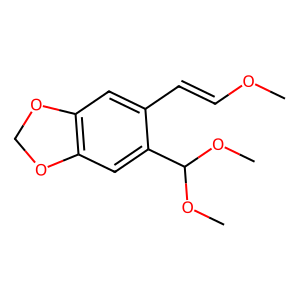
SMILES: COC=Cc1cc2c(cc1C(OC)OC)OCO2
Inhibits HIV replication: No